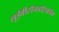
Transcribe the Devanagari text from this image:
लूईवीटॉनडॉटकॉम